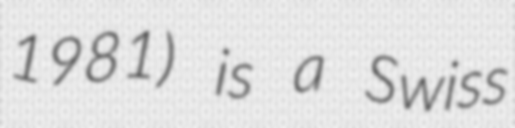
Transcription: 1981) is a Swiss